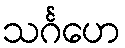
သင်္ဂဟေ